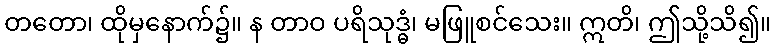
တတော၊ ထိုမှနောက်၌။ န တာဝ ပရိသုဒ္ဓံ၊ မဖြူစင်သေး။ ဣတိ၊ ဤသို့သိ၍။